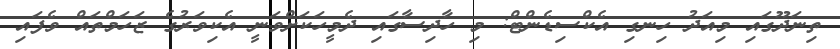
ތިނަދޫގައި މިއަދު ހިނގި އެކްސިޑެންޓް: މި ހާދިސާގައި ދެމީހަކަށްވަނީ އެކިވަރުގެ ޒަހަމްތައް ވެފައި